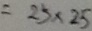
= 2 5 \times 2 5